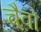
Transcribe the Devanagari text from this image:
चैवो